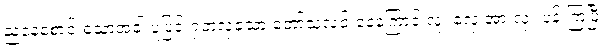
ညနေစောင်းသောအခါ ပူပြင်းရှတလှသော တော်သလင်းနေကြောင့် လူ၊ လှေ အားလုံး ပန်းကြပြီ။